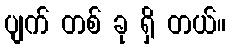
ပျက် တစ် ခု ရှိ တယ်။